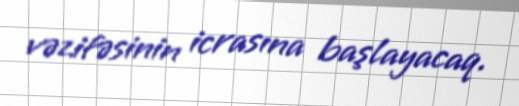
vəzifəsinin icrasına başlayacaq.